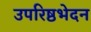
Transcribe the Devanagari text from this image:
उपरिष्ठभेदन